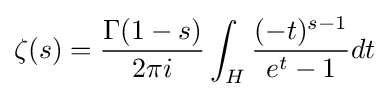
\zeta (s)={\dfrac {\Gamma (1-s)}{2\pi i}}\int _{H}{\dfrac {(-t)^{s-1}}{e^{t}-1}}dt